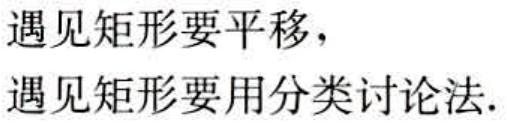
遇见矩形要平移，
遇见矩形要用分类讨论法.